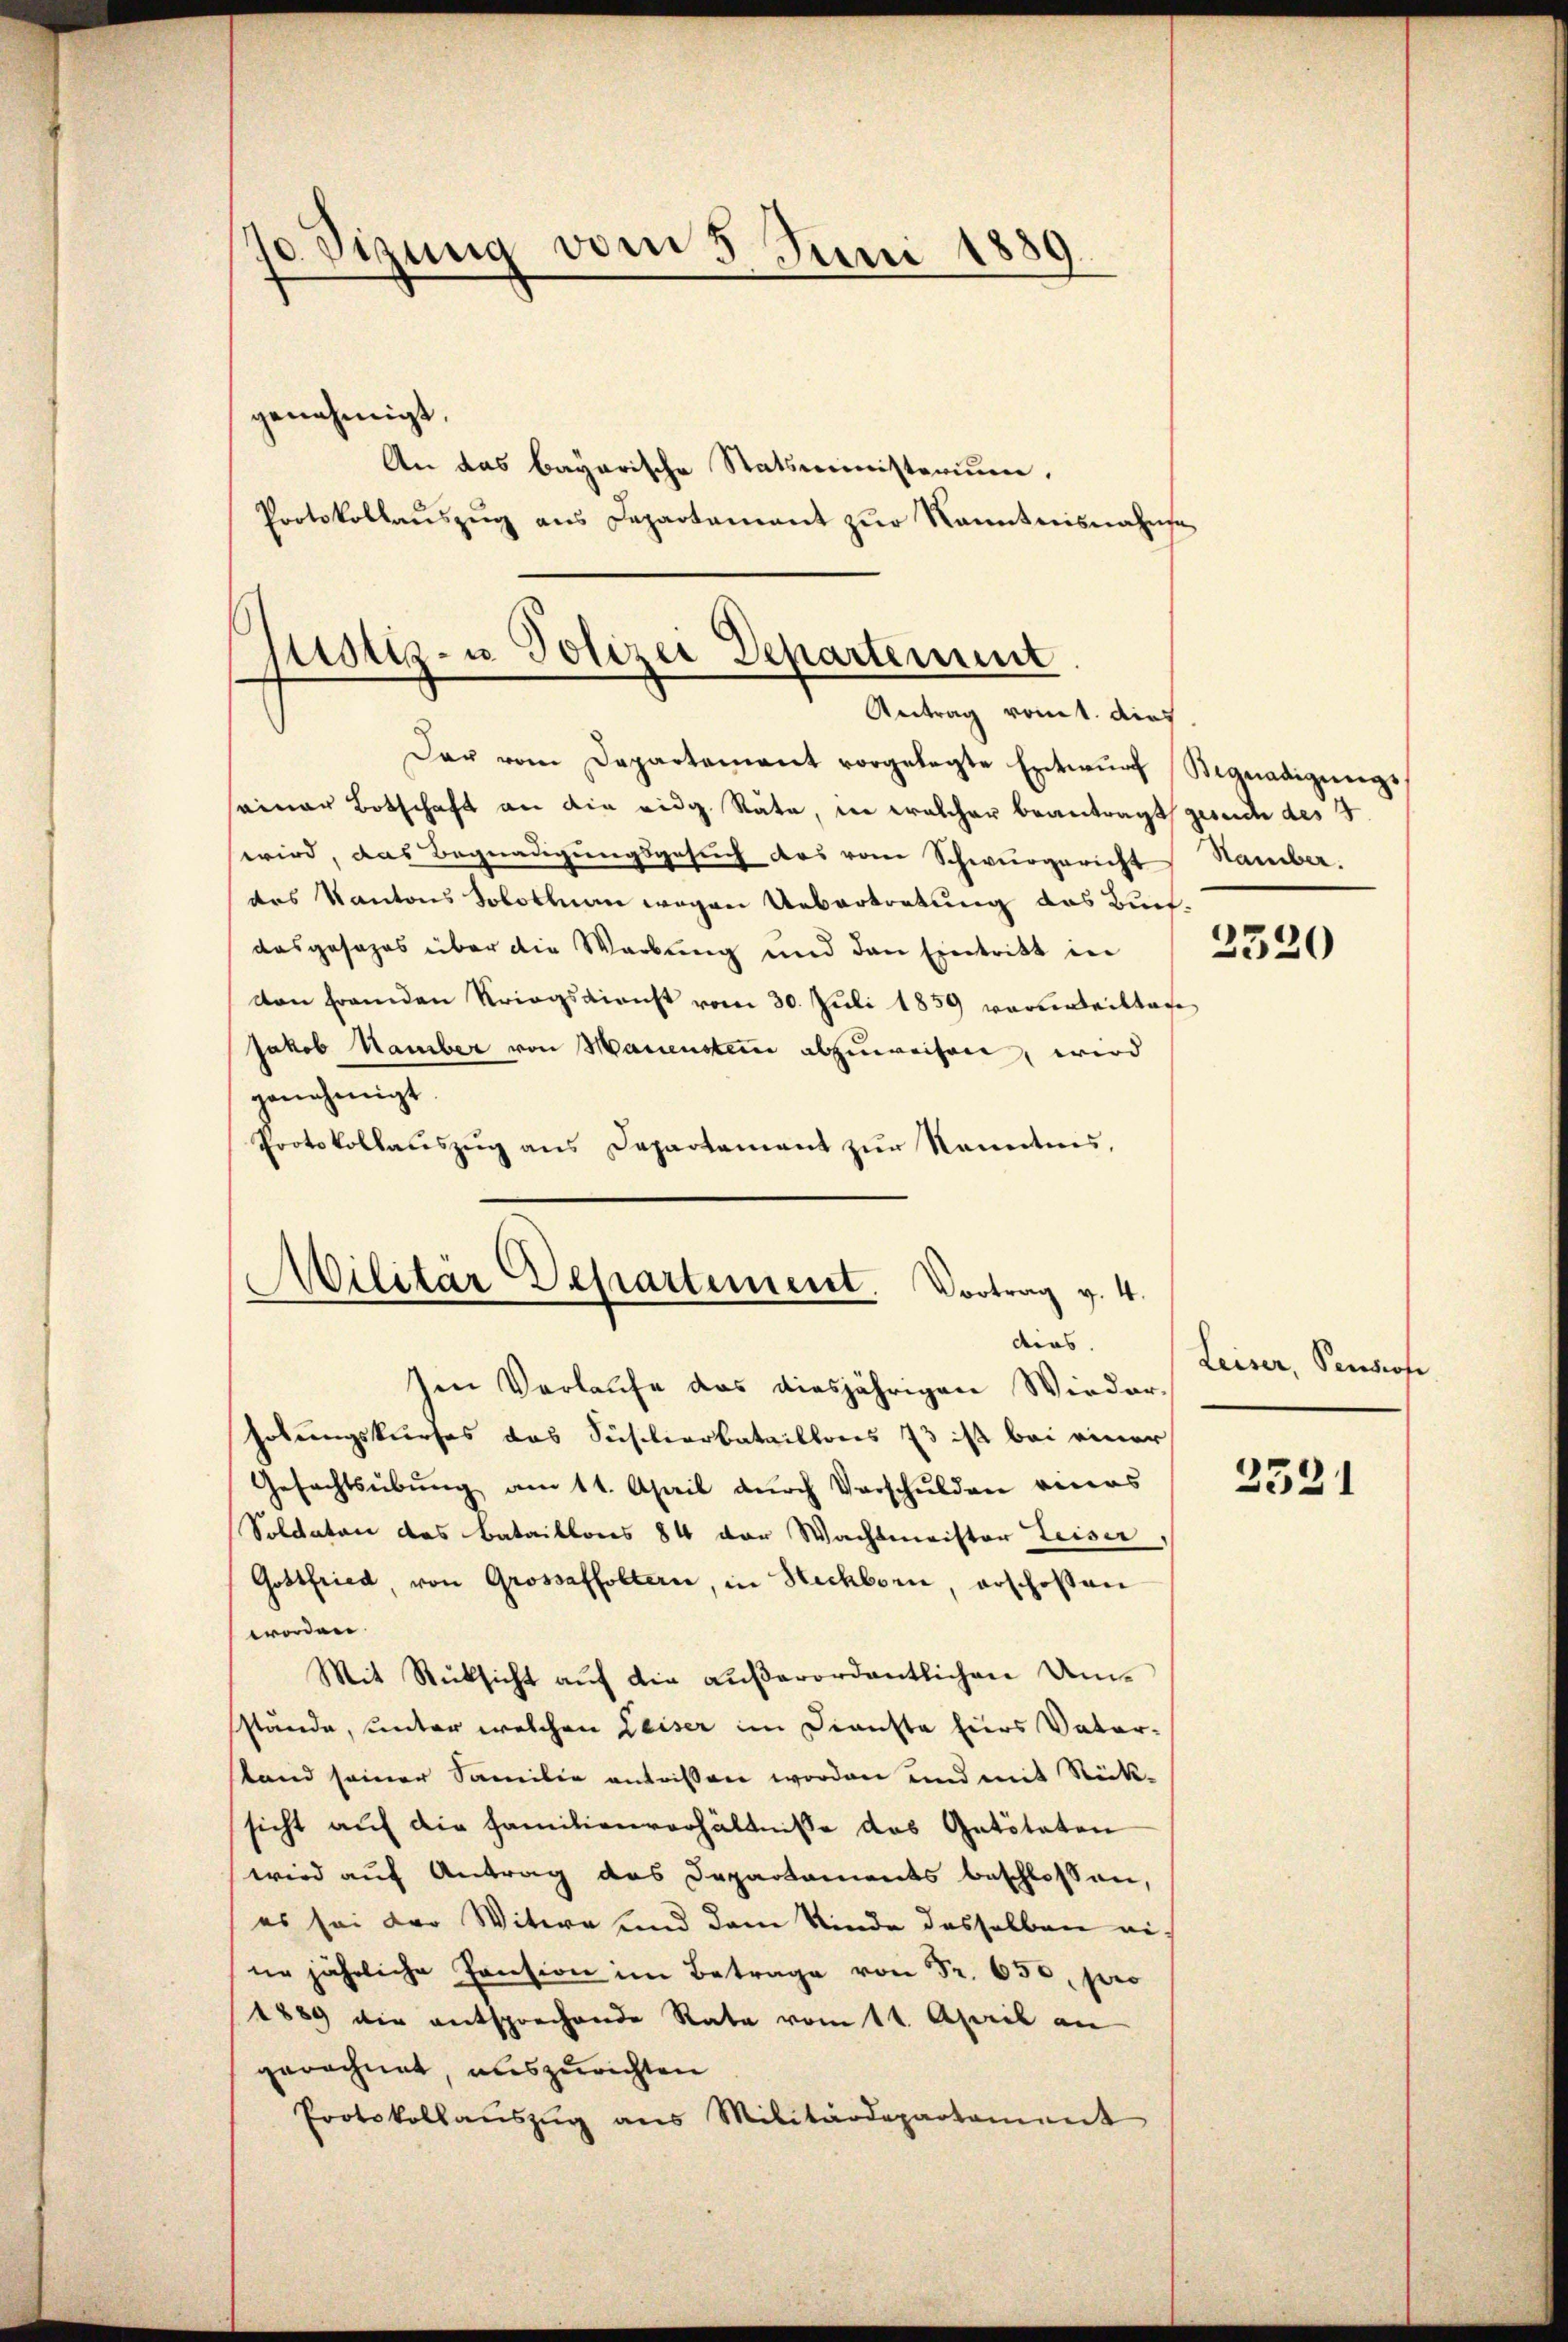
J0 Sizung vom 5. Juni 1889.

genehmigt.
An das bayarische Statsministerium,
Protokollaŭszŭg ans Departamant zŭr Kanntnisnahmse

Justiz- u Polizei Departement
Antrag vomt. Dies

Der vom Departement vorgelegte Entwŭrf Signadigungs
seiner Botschaft an die eidg. Räte, in welcher beantragt gesuch des
wird, das Begnadigungsgesuch das vom Schwurgericht Hamber.
des Kantons Solothurn wegen Uebertretung das Buchdas gesages über die Werbung und den Eintritt in 3320
von fremden Kriegsdienst vom 30. Juli 1859 vorderteiltene
Jakob Hamber von Mauensten abzuweisen, wird
genehmigt.
Protokollaŭszŭg ans Departament zŭr kanntnis,

¬
Militar-Separtement. Vortrag v. 4.
dies
Im Verlaufe das diesjährigen Wieder¬

holungskurses das Sistierbataillons 73 ist bei einer
Gefechtsübung am 11. April durch Verschulden ricas
Soldaten des Bataillons 84 der Wachtmeister Leiser,
Gottfried, von Grossaffoltern, in Heckborn, erschosen
worden.
Mit Rücksicht auf die außerordentlichen Umstände, unter welchen Leiser im Dienste hiers Vater-
tand seiner Familie entrissen worden und mit Stück-
sicht auf die Familienverhältnisse das Getöteten
wird auf Antrag des Departements beschlossen,
es sei der Witwe und dem Kinde desselben eine jährliche Pension im Betrage von Fr. 650. pro
1889 die entsprechende Rate vom 1t April an
gerechnet, auszurichten
Protokollaŭszŭg ans Militärdepartament

Leiser, Pensiofe

2521